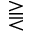
\gtreqless